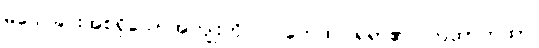
မသေခြင်းအစရှိသောအကျိုးကို။ လဘေထ၊ ရရာ၏။ တထာတထာ၊